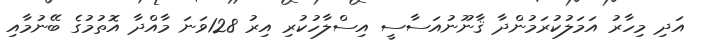
އަދި މިހާރު އަމަލުކުރަމުންދާ ޤާނޫނުއަސާސީ އިސްލާހުކުރި އިރު 128ވަނަ މާއްދާ އޮތުމުގެ ބޭނުމާއި